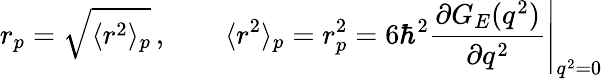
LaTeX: r_{p}=\sqrt{\langle r^{2}\rangle_{p}}\, ,\qquad\langle r^{2}\rangle_{p}=r_{p}^{2}=6\hbar^{2}\left.\frac{\partial G_{E}(q^{2})}{\partial q^{2}}\right|_{q^{2}=0}